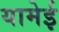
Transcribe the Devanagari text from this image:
यामेई